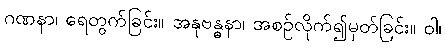
ဂဏနာ၊ ရေတွက်ခြင်း။ အနုဗန္ဓနာ၊ အစဉ်လိုက်၍မှတ်ခြင်း။ ဝါ၊